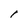
Character: l